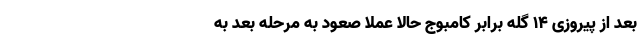
بعد از پیروزی 14 گله برابر کامبوج حالا عملاً صعود به مرحله بعد به